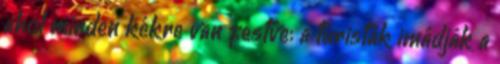
ahol minden kékre van festve: a turisták imádják a